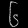
Digit: ၆